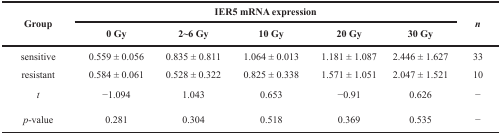
<table><thead><tr><td rowspan="2"><b>Group</b></td><td colspan="5"><b>IER5 mRNA expression</b></td><td rowspan="2"><b><i>n</i></b></td></tr><tr><td><b>0 Gy</b></td><td><b>2~6 Gy</b></td><td><b>10 Gy</b></td><td><b>20 Gy</b></td><td><b>30 Gy</b></td></tr></thead><tbody><tr><td>sensitive</td><td>0.559 ± 0.056</td><td>0.835 ± 0.811</td><td>1.064 ± 0.013</td><td>1.181 ± 1.087</td><td>2.446 ± 1.627</td><td>33</td></tr><tr><td>resistant</td><td>0.584 ± 0.061</td><td>0.528 ± 0.322</td><td>0.825 ± 0.338</td><td>1.571 ± 1.051</td><td>2.047 ± 1.521</td><td>10</td></tr><tr><td><i>t</i></td><td>−1.094</td><td>1.043</td><td>0.653</td><td>−0.91</td><td>0.626</td><td>−</td></tr><tr><td><i>p</i>-value</td><td>0.281</td><td>0.304</td><td>0.518</td><td>0.369</td><td>0.535</td><td>−</td></tr></tbody></table>